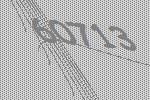
60713